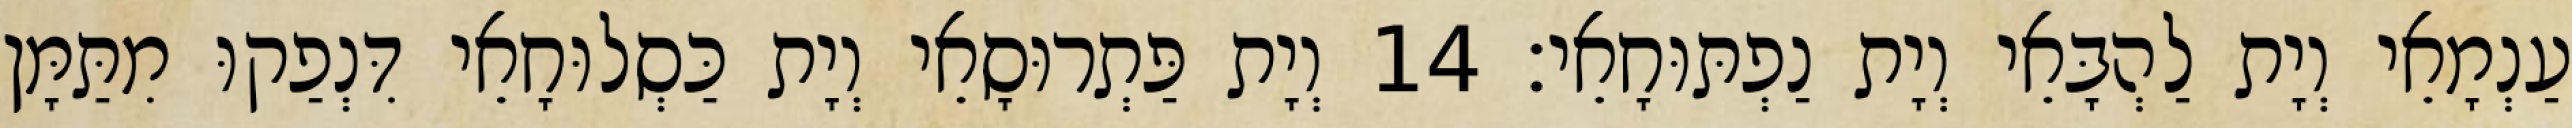
עַנְמָאֵי וְיָת לַהְבָּאֵי וְיָת נַפְתּוּחָאֵי׃ 14 וְיָת פַּתְרוּסָאֵי וְיָת כַּסְלוּחָאֵי דִּנְפַקוּ מִתַּמָּן